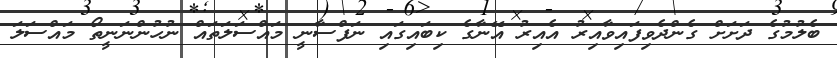
ބެލުމުގެ ދަށަށް ގެންދެވިފައިވާއިރު އެއިރު އޭނާގެ ކިބައިގައި ނަފްސާނީ މައްސަލަތައް ނުހުންނަނީތޯ މައްސަލަ